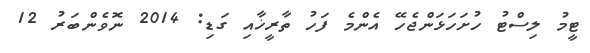
ޓީމު ލިސްޓު ހުށަހަޅަންޖެހޭ އެންމެ ފަހު ތާރީޚާއި ގަޑި: 2014 ނޮވެންބަރު 12